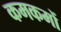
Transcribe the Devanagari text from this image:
कमकमों